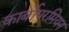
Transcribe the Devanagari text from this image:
कार्बोपरमियन